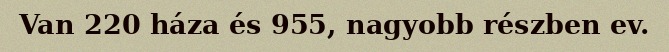
Van 220 háza és 955, nagyobb részben ev.